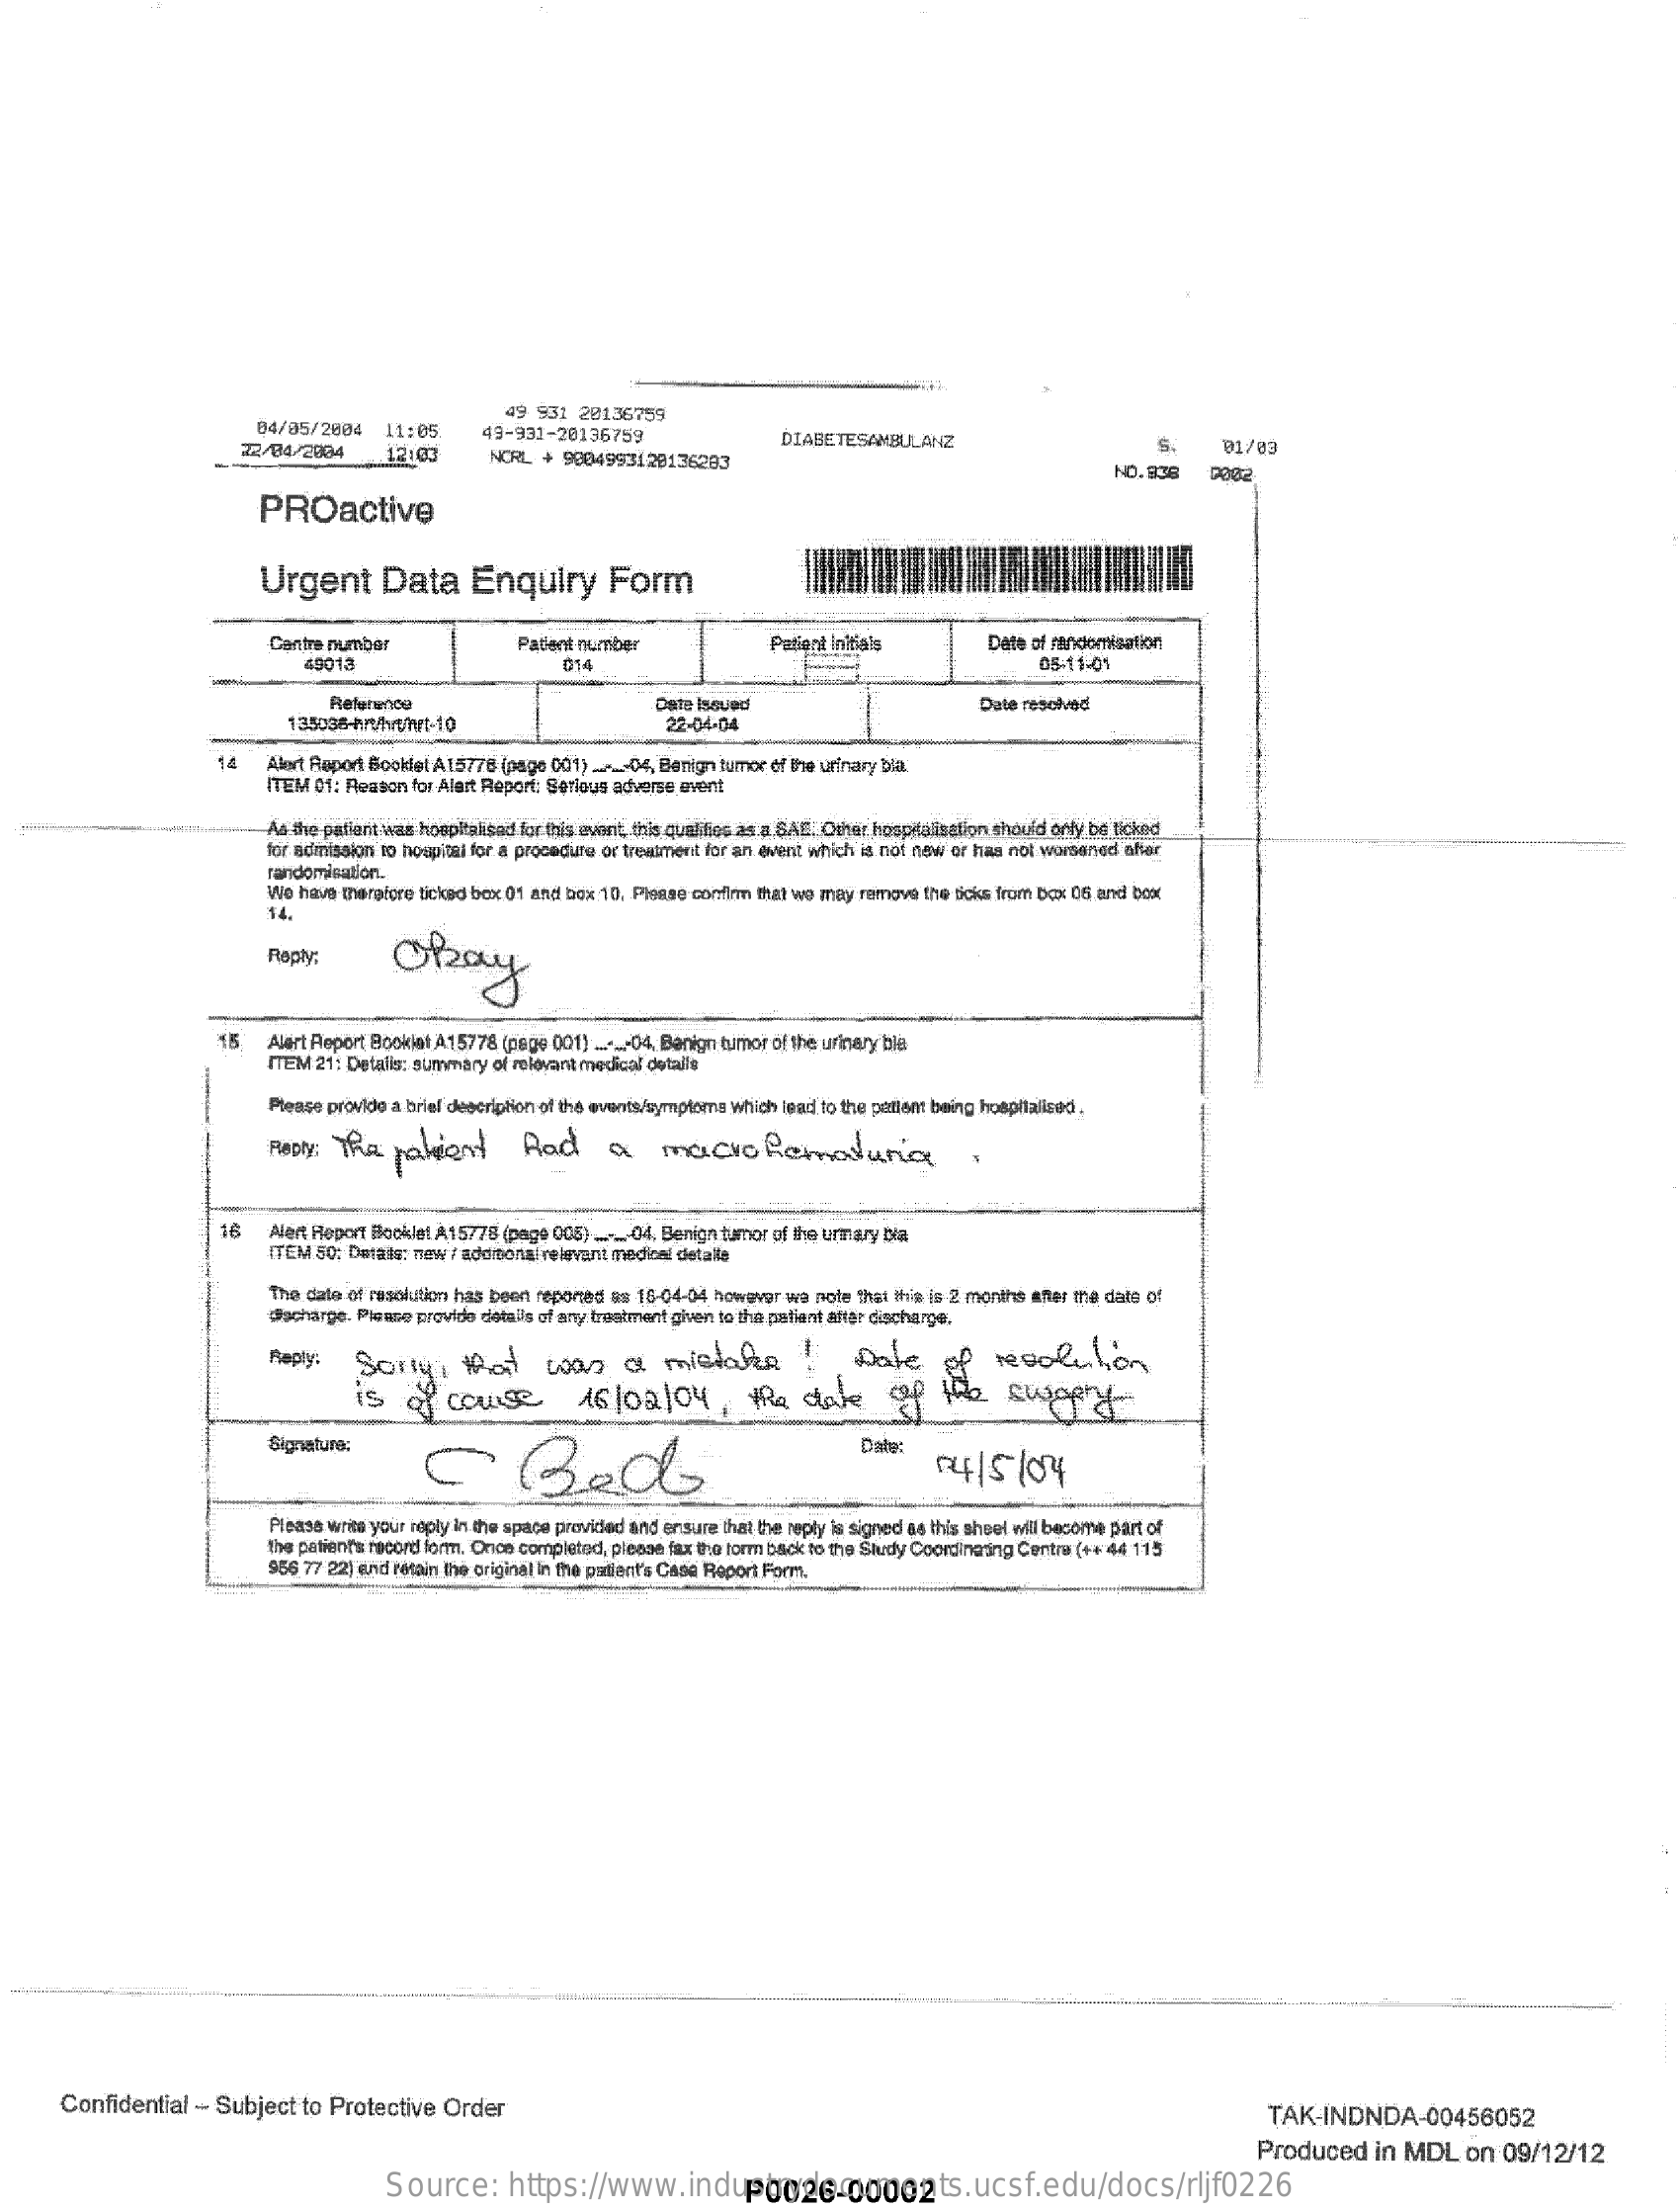
49  931 28136759
     04/05/2804    11:05
     22/04/2884
     49-931-20136759
     --
     12:00
     DIABETESAMBULANZ
     NORL  + 9004993128136203
     S.    01/03
     NO.838
     PROactive
     Urgent    Data    Enquiry    Form
     Cantre number    Patient number    Patient Initials    Date of randomisation
     40013    014    06-11-0%
     Reference    Date Issued    Dale reschved
     22-04.04
     14   Alert Report Bockfet A15778 (page 001) _._. 04, Benign tumor of the urinary bla
     ITEM 01: Reason for Alert Report: Serious adverse event
     As the patient was hospitalsad for this event, this qualifies as a SAL. Ofer hospiluiselion should only be ticked
     for admission to hospital for a procedure or treatment for an event which is not new or haa not worsened sher
     randomisation.
     We  have therefore ticked box 01 and box 10. Please confirm that we may remove the Boks from Dox 06 and box
     14.
     Okay Reply:
     15    Alert Report Booklet A15778 (pege 001) ..._- 04, Banign tumor of the urinary ble
     ITEM 21: Details: summary of relevant medical details
     Please provide a brief description of the events/symptoms which lead to the patient being hospitalised.
     For   The   patient    had    a    macrohematuria    ,
     16   Alert Report Booklet A15778 (page 005) ...-_- 04. Benign tumor of the urary ba
     TEM 50; Detals: new / additional relevant medical detalle
     The date of resolution has been reported as 18-04-04 however wa nole that this is 2 months after the date of
     Pacharge, Please provide details of any treatment given to the patient attar discharge.
     Reply.  Sorry    , that    was    a   mistake    Date    resolution
     IS   of  course    16102104    ,  the   date    of   the    swapty-
     Signature:
     -    Bed
     Date:
     4/5   /04
     Please write your reply in the space provided and ensure that the reply is signed as this sheel will become part of
     the patient's record form. Once completed, please fax the form back to the Study Coordinating Centre (++ 44 115
     956 77 221 end retain the original in the padlant's Casa Report Form.
     Confidential  - Subject  to Protective  Order    TAK-INDNDA-00456052
     Produced    in MDL    on  09/12/12
     Source:    https://www.industrydocuments.ucsf.edu/docs/rljf0226 P0026-00002